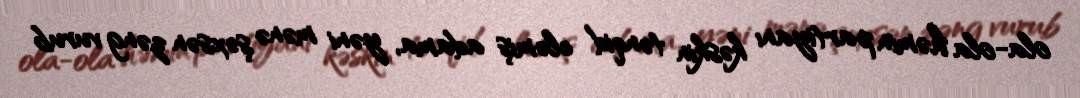
ola-ola həmin partiyanı kəskin tənqid eləmiş adama, yəni mənə şəxsən zəng vurub